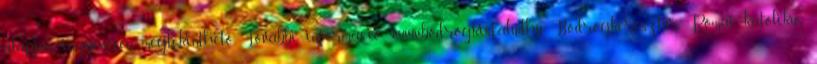
alapján ingyenesen megtekinthető. További információ: www.bodrogkisfalud.hu Bodrogkeresztúr, Római katolikus